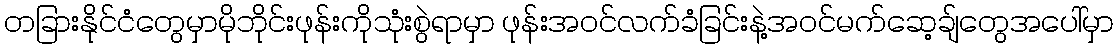
တခြားနိုင်ငံတွေမှာမိုဘိုင်းဖုန်းကိုသုံးစွဲရာမှာ ဖုန်းအဝင်လက်ခံခြင်းနဲ့အဝင်မက်ဆေ့ချ်တွေအပေါ်မှာ